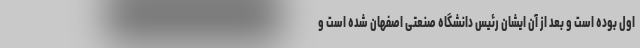
اول بوده است و بعد از آن ایشان رئیس دانشگاه صنعتی اصفهان شده است و